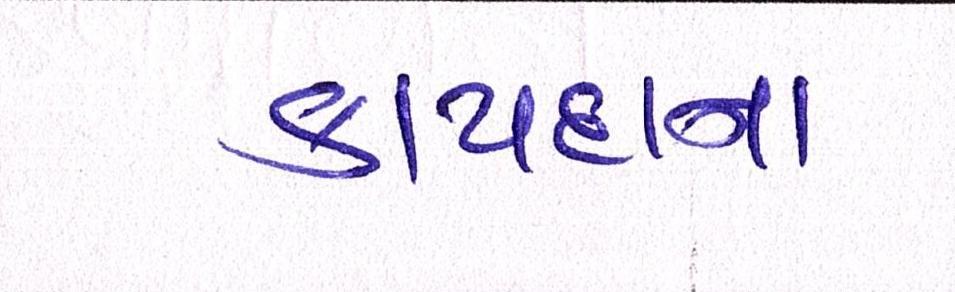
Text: કાયદાના